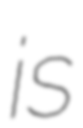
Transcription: is